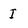
Character: I